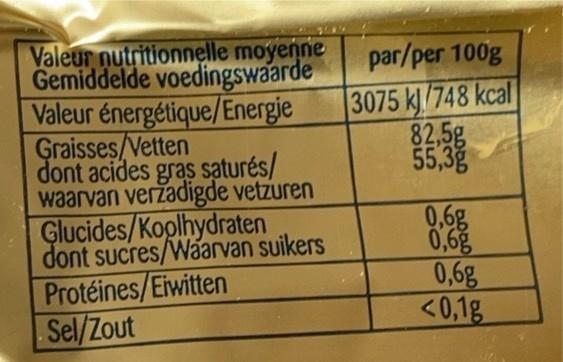
Valeur nutritionnelle moyenne Gemiddelde voedingswaarde Valeur énergétique/Energie Graisses/Vetten dont acides gras saturés/ waarvan veržadigde vetzuren Glucides/Koplhydraten dont sucres/Waarvan suikers
par/per 100g
3075 kJ/748 kcal 82,5g 55,3g
Protéines/Eiwitten Sel/Zout
0,6g 0,6g 0,6g <0,1g